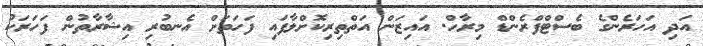
އަދި އަހަރެންގެ ބެސްޓްފްރެންޑް މިރާހް. އައިޒަން އަތްތިރިކޮށްލާފައި ފަހަތަށް އެނބުރި އިޝާރާތުން ފަހަރަކު